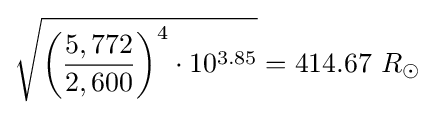
{\sqrt {{\biggl (}{\frac {5,772}{2,600}}{\biggr )}^{4}\cdot 10^{3.85}}}=414.67\ R_{\odot }